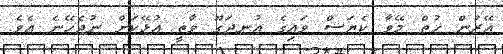
އޭރުން ހުތް މޭވާ ކެޔަސް ވައިގެ އުނދަގޫ ވާތީ އުޅޭކަށް ނުޖެހޭނެ އެވެ.